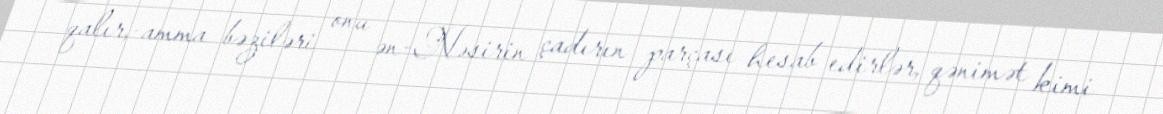
qalır,-amma bəziləri onu ən-Nəsirin çadırın parçası hesab edirlər, qənimət kimi